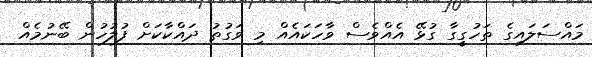
މައްސަލައިގެ ތަހުގީގާ ގުޅޭ އެއްވެސް ވާހަކައެއް މި ވަގުތު ދައްކާކަށް ފުލުހުން ބޭނުމެއް